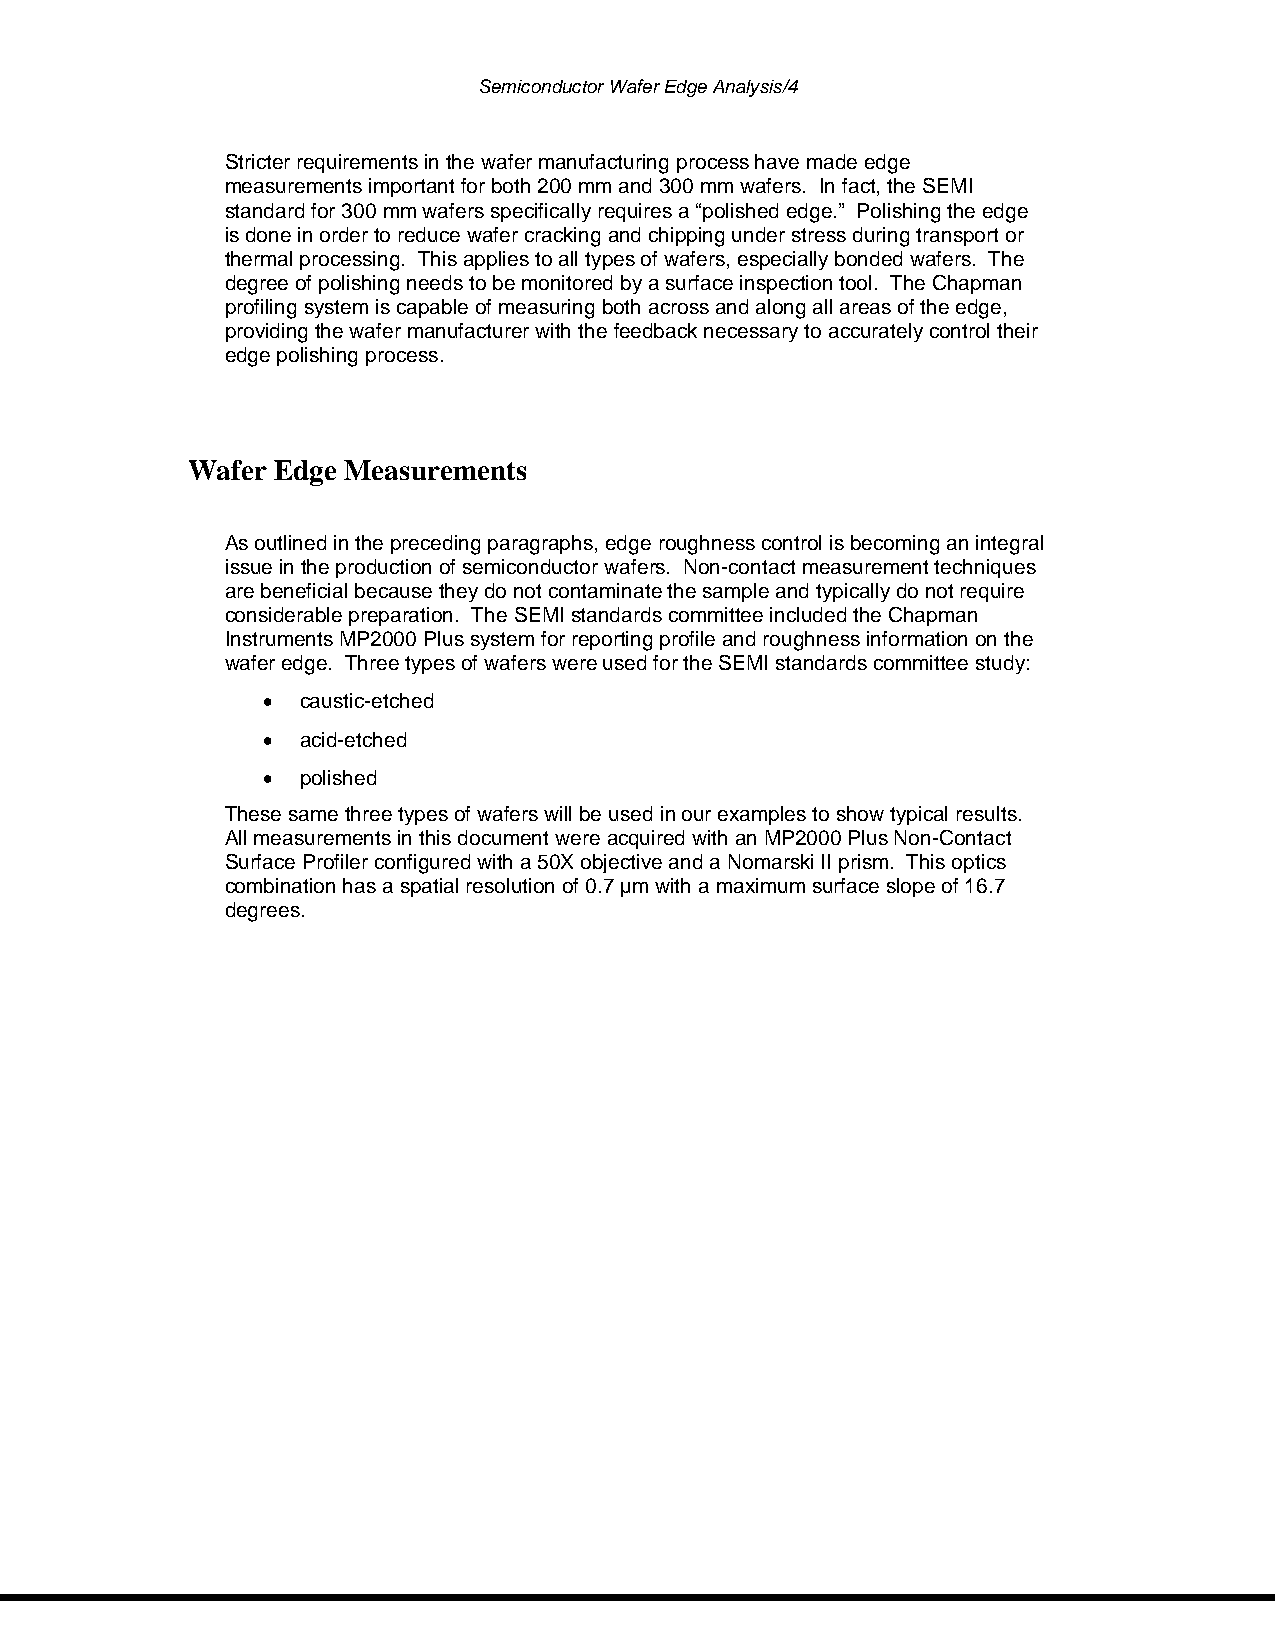
Semiconductor Wafer Edge Analysis/4
 Stricter requirements in the wafer manufacturing process have made edge
 measurements important for both 200 mm and 300 mm wafers. In fact, the SEMI
 standard for 300 mm wafers specifically requires a “polished edge.” Polishing the edge
 is done in order to reduce wafer cracking and chipping under stress during transport or
 thermal processing. This applies to all types of wafers, especially bonded wafers. The
 degree of polishing needs to be monitored by a surface inspection tool. The Chapman
 profiling system is capable of measuring both across and along all areas of the edge,
 providing the wafer manufacturer with the feedback necessary to accurately control their
 edge polishing process.
 Wafer Edge Measurements
 As outlined in the preceding paragraphs, edge roughness control is becoming an integral
 issue in the production of semiconductor wafers. Non-contact measurement techniques
 are beneficial because they do not contaminate the sample and typically do not require
 considerable preparation. The SEMI standards committee included the Chapman
 Instruments MP2000 Plus system for reporting profile and roughness information on the
 wafer edge. Three types of wafers were used for the SEMI standards committee study:
 •  caustic-etched
 •  acid-etched
 •  polished
 These same three types of wafers will be used in our examples to show typical results.
 All measurements in this document were acquired with an MP2000 Plus Non-Contact
 Surface Profiler configured with a 50X objective and a Nomarski II prism. This optics
 combination has a spatial resolution of 0.7 µm with a maximum surface slope of 16.7
 degrees.